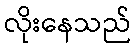
လိုးနေသည်